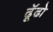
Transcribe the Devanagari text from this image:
ढूॅढो